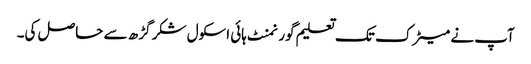
آپ نے میٹرک تک تعلیم گورنمنٹ ہائی اسکول شکر گڑھ سے حاصل کی۔